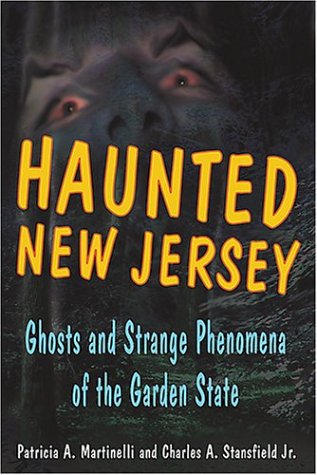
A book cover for Haunted New Jersey: Ghosts and Strange Phenomena of the Garden State; Patricia A. Martinelli; Travel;